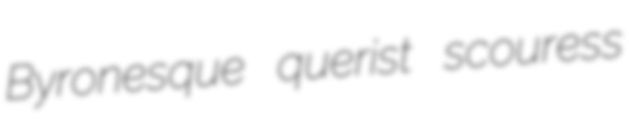
Byronesque querist scouress